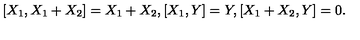
[ X _ { 1 } , X _ { 1 } + X _ { 2 } ] = X _ { 1 } + X _ { 2 } , [ X _ { 1 } , Y ] = Y , [ X _ { 1 } + X _ { 2 } , Y ] = 0 .